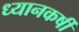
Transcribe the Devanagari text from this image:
ध्यानकर्षी